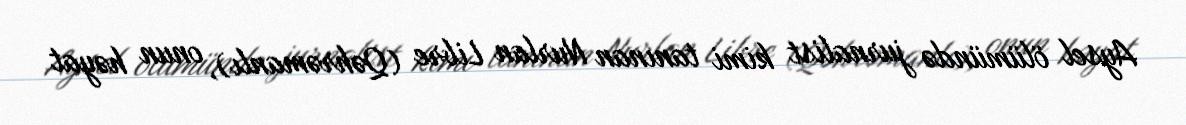
Aysel ölümündə jurnalist kimi tanınan Nurlan Libre (Qəhrəmanlı), onun həyat